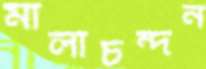
মালাচন্দন